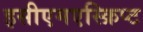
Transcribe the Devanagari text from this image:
इसीएमएस्क्रिप्ट